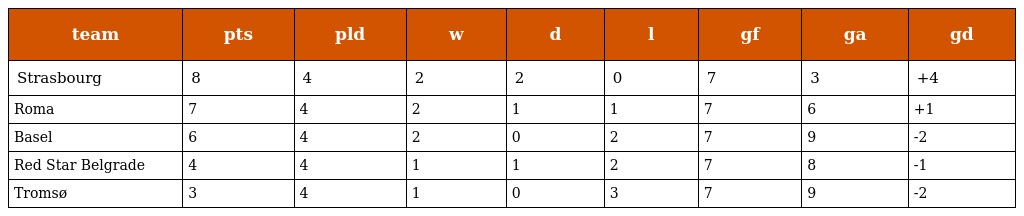
| team | pts | pld | w | d | l | gf | ga | gd |
 | --- | --- | --- | --- | --- | --- | --- | --- | --- |
 | Strasbourg | 8 | 4 | 2 | 2 | 0 | 7 | 3 | +4 |
 | Roma | 7 | 4 | 2 | 1 | 1 | 7 | 6 | +1 |
 | Basel | 6 | 4 | 2 | 0 | 2 | 7 | 9 | -2 |
 | Red Star Belgrade | 4 | 4 | 1 | 1 | 2 | 7 | 8 | -1 |
 | Tromsø | 3 | 4 | 1 | 0 | 3 | 7 | 9 | -2 |